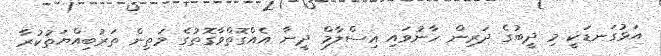
އަޅުގަނޑަކީ މި ދީބުގެ ދަރިން ހާނުވައި އިސްލާމް ދީނާ އެއްގޮތްވާގޮތުގެ މަތިން ތަރުބިއްޔަތުކުރާ